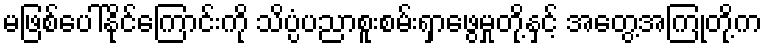
မဖြစ်ပေါ်နိုင်ကြောင်းကို သိပ္ပံပညာစူးစမ်းရှာဖွေမှုတို့နှင့် အတွေ့အကြုံတို့က